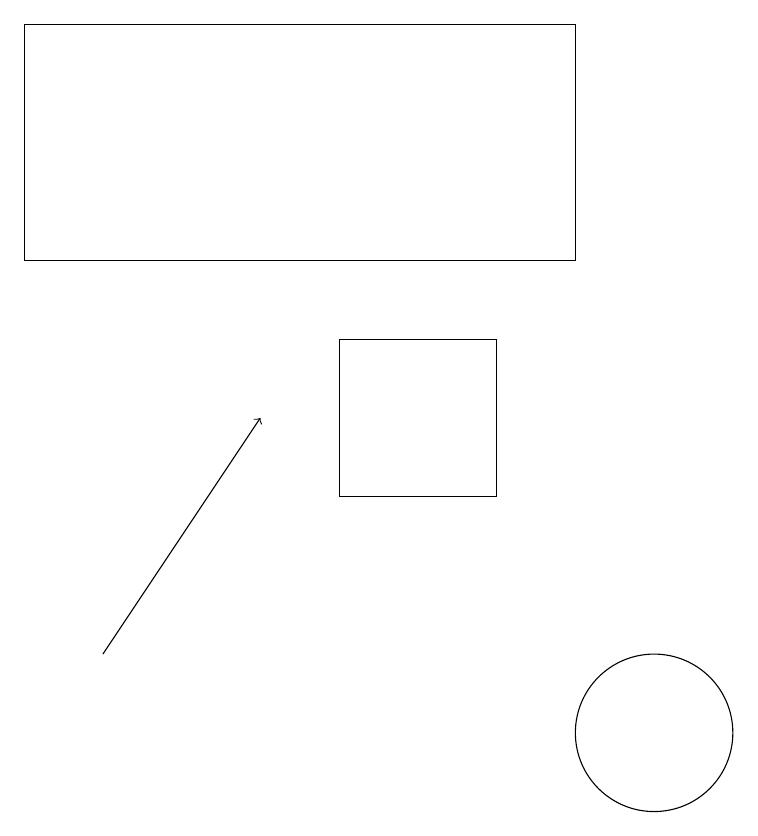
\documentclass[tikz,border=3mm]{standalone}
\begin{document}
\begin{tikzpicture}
\draw (8,13) rectangle (6,15);
\draw (10,10) circle (1);
\draw (2,16) rectangle (9,19);
\draw[->] (3,11) -- (5,14);
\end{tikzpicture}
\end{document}